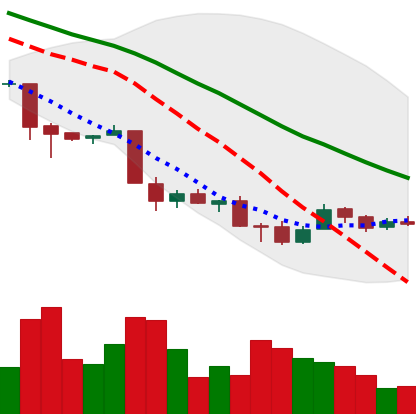
Ticker: XMR-USD
Chart end date: 2018-12-02
Forward return: -21.385%
Label: down_7plus